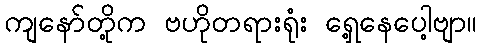
ကျနော်တို့က ဗဟိုတရားရုံး ရှေ့နေပေါ့ဗျာ။